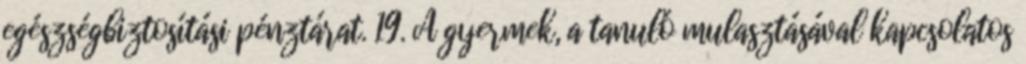
egészségbiztosítási pénztárat. 19. A gyermek, a tanuló mulasztásával kapcsolatos